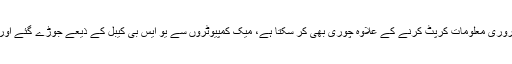
یہ وائرس آپریٹنگ سسٹم کو نشانہ بنانے کے بعد فائلز اور ضروری معلومات کرپٹ کرنے کے علاوہ چوری بھی کر سکتا ہے، میک کمپیوٹروں سے یو ایس بی کیبل کے ذیعے جوڑے گئے اور آئی فون اس وائرس سے بڑے پیمانے پر متاثر ہو رہے ہیں ۔